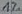
Text: 1%